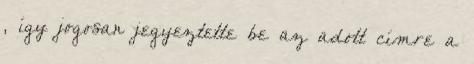
, így jogosan jegyeztette be az adott címre a